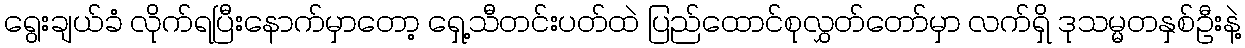
ရွေးချယ်ခံ လိုက်ရပြီးနောက်မှာတော့ ရှေ့သီတင်းပတ်ထဲ ပြည်ထောင်စုလွှတ်တော်မှာ လက်ရှိ ဒုသမ္မတနှစ်ဦးနဲ့